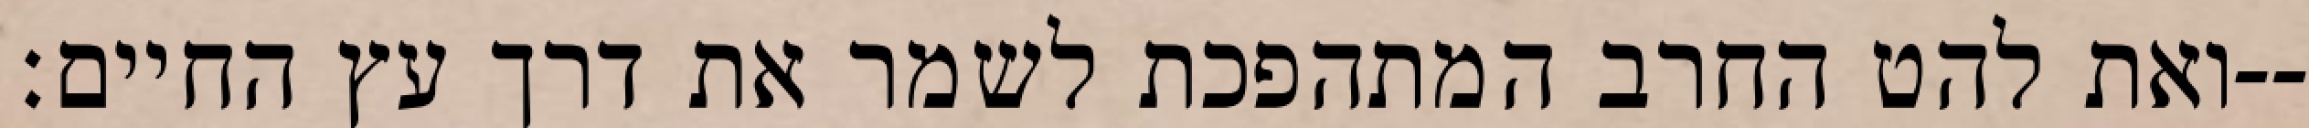
ואת להט החרב המתהפכת לשמר את דרך עץ החיים׃--